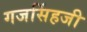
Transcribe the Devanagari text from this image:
गजसिंहजी